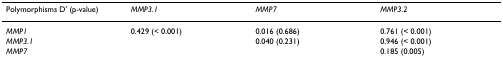
<table><thead><tr><td><b>Polymorphisms D&#x27; (p-value)</b></td><td><b><i>MMP3.1</i></b></td><td><b><i>MMP7</i></b></td><td><b><i>MMP3.2</i></b></td></tr></thead><tbody><tr><td><i>MMP1</i></td><td>0.429 (&lt; 0.001)</td><td>0.016 (0.686)</td><td>0.761 (&lt; 0.001)</td></tr><tr><td><i>MMP3.1</i></td><td></td><td>0.040 (0.231)</td><td>0.946 (&lt; 0.001)</td></tr><tr><td><i>MMP7</i></td><td></td><td></td><td>0.185 (0.005)</td></tr></tbody></table>